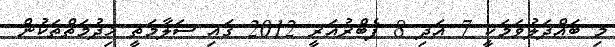
މި ބައްދަލުވަމަކީ 7 އަދި 8 ފެބްރުއަރީ 2012 ގައި ސަލާމަތީ ޚިދުމަތްތަކުން